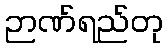
ဉာဏ်ရည်တု